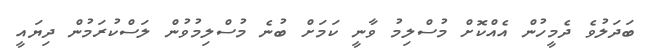
ބަދަލުވެ ދެމީހުން އެއްކޮށް މުސްލިމު ވާނީ ކަމަށް ބުނެ މުސްލިމުވުން ލަސްކުރަމުން ދިޔައީ